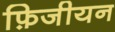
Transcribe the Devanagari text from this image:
फ़िजीयन